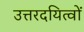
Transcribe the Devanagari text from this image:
उत्तरदयित्वों